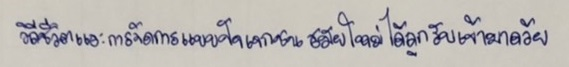
วิถีชีวิตและการจัดการแบบปัจเจกชนสมัยใหม่ได้ถูกรับเข้ามาด้วย